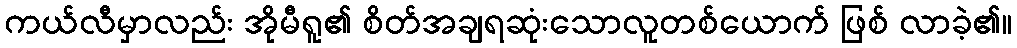
ကယ်လီမှာလည်း အိုမီရူ၏ စိတ်အချရဆုံးသောလူတစ်ယောက် ဖြစ် လာခဲ့၏။